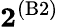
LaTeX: \mathbf{2}^{(\mathrm{B2})}